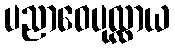
ပညာဝေပုလ္လာယ